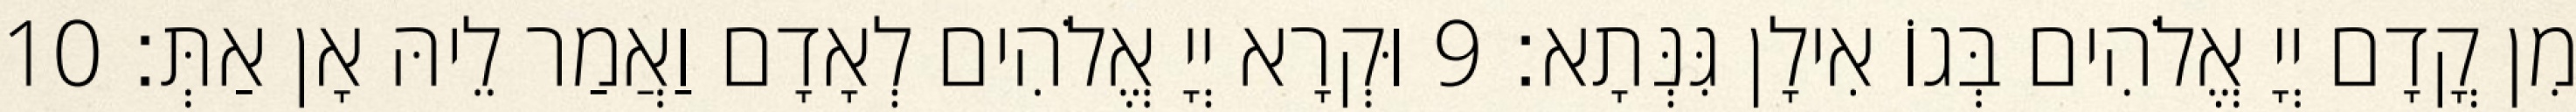
מִן קֳדָם יְיָ אֱלֹהִים בְּגוֹ אִילָן גִּנְּתָא׃ 9 וּקְרָא יְיָ אֱלֹהִים לְאָדָם וַאֲמַר לֵיהּ אָן אַתְּ׃ 10